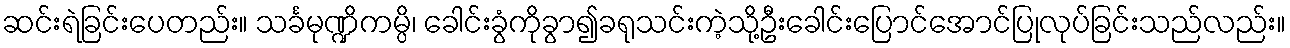
ဆင်းရဲခြင်းပေတည်း။ သင်္ခမုဏ္ဍိကမ္ပိ၊ ခေါင်းခွံကိုခွာ၍ခရုသင်းကဲ့သို့ဦးခေါင်းပြောင်အောင်ပြုလုပ်ခြင်းသည်လည်း။